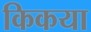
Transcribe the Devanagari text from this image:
किकया